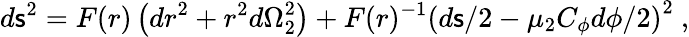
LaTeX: d\mathsf{s}^{2}=F(r)\left({dr}^{2}+r^{2}{d\Omega}_{2}^{2}\right)+F(r)^{-1}\left({d\mathsf{s}}/2-\mu_{2}C_{\phi}{d\phi}/2\right)^{2}\ ,